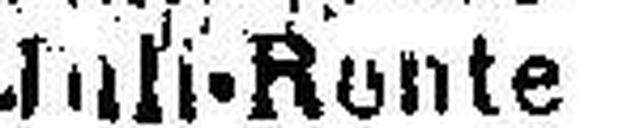
Juli-Rente